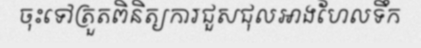
ចុះទៅត្រួតពិនិត្យការជួសជុលអាងហែលទឹក